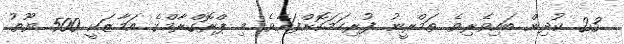
23 ކުދިން ބައިވެރިވެ ތަމްރީނު ފުރިހަމަކޮށްފައެވެ. މި ޕްރޮގްރާމްގެ އަމާޒަކީ 500 ޔޫތު